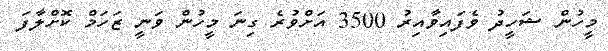
މީހުން ޝަހީދު ވެފައިވާއިރު 3500 އަށްވުރެ ގިނަ މީހުން ވަނީ ޒަހަމް ކޮށްލާފަ